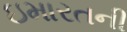
ઇમારતની